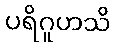
ပရိဂူဟသိ